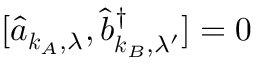
[ \hat { a } _ { \boldsymbol { k } _ { A } , \lambda } , \hat { b } _ { \boldsymbol { k } _ { B } , \lambda ^ { \prime } } ^ { \dagger } ] = 0